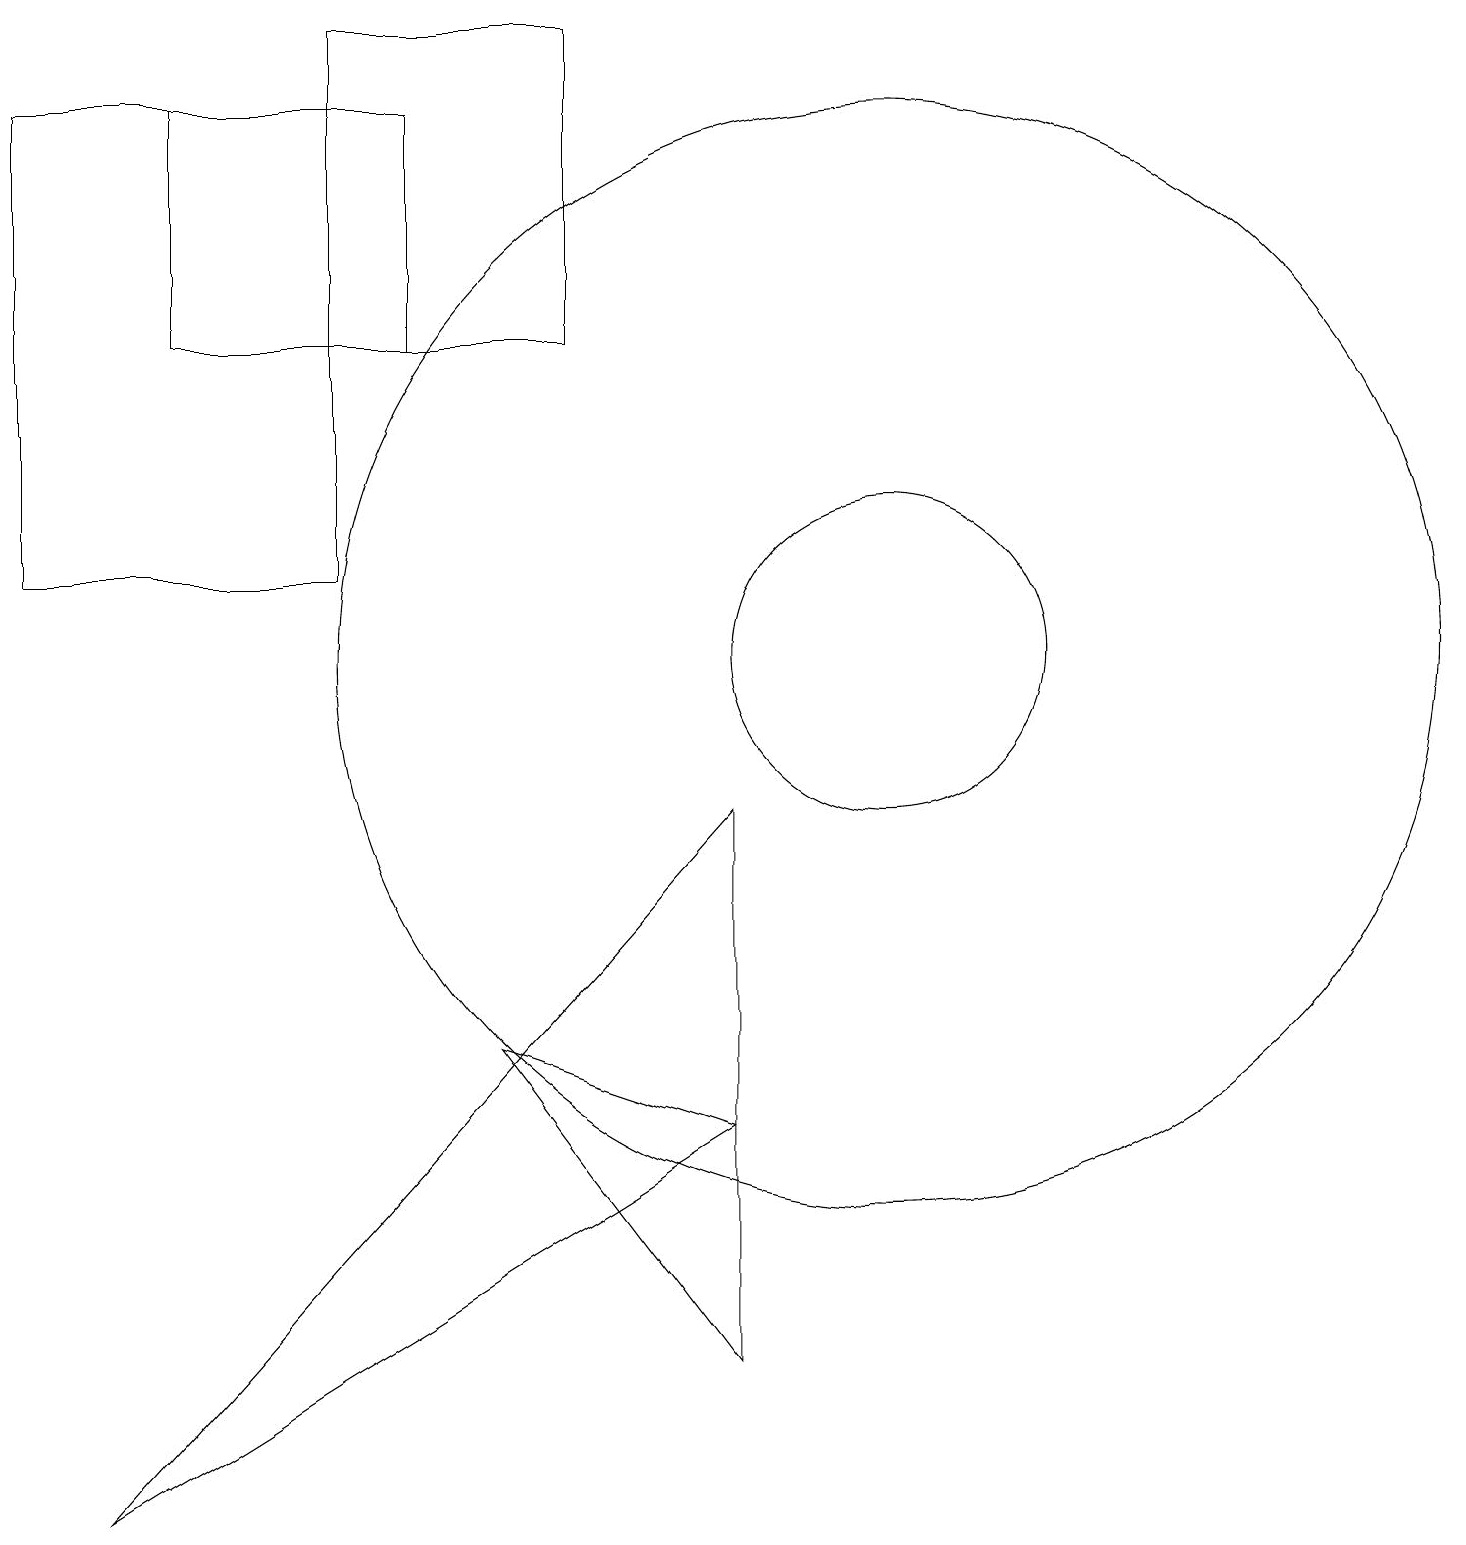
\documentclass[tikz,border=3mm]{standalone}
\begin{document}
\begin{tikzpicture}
\draw (11,11) circle (2);
\draw (0,18) rectangle (4,12);
\draw (9,9) -- (1,0) -- (9,5) -- cycle;
\draw (2,18) rectangle (5,15);
\draw (11,11) circle (7);
\draw (6,6) -- (9,5) -- (9,2) -- cycle;
\draw (7,19) rectangle (4,15);
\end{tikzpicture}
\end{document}